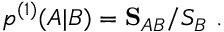
\begin{array} { r } { p ^ { ( 1 ) } ( A | B ) = \mathbf { S } _ { A B } / S _ { B } \ . } \end{array}